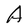
Character: A